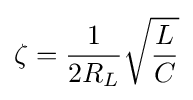
\zeta ={\frac {1}{2R_{L}}}{\sqrt {\frac {L}{C}}}